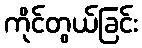
ကိုင်တွယ်ခြင်း